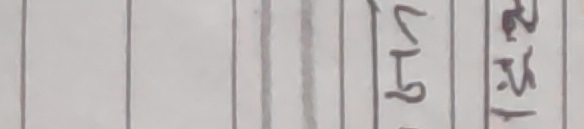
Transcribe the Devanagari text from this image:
४१५ ३२१